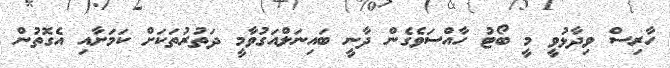
ހާރިސް ވިދާޅުވީ މީ ބޯޓު ހާއްސަވެގެން ދާނީ ބައިނަލްއަގުވާމީ ދަތުރުތަކަށް ކަަމަށާއި އެގޮތުން